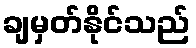
ချမှတ်နိုင်သည်